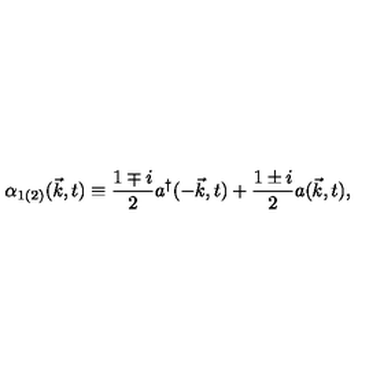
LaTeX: { \alpha } _ { 1 ( 2 ) } ( { \vec { k } } , t ) \equiv \frac { 1 \mp i } { 2 } a ^ { \dagger } ( - { \vec { k } } , t ) + \frac { 1 \pm i } { 2 } a ( { \vec { k } } , t ) ,